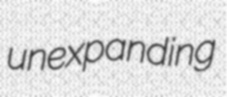
unexpanding